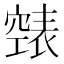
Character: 𮄏